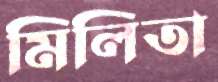
মিলিতা